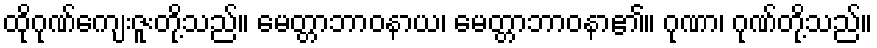
ထိုဂုဏ်ကျေးဇူးတို့သည်။ မေတ္တာဘာဝနာယ၊ မေတ္တာဘာဝနာ၏။ ဂုဏာ၊ ဂုဏ်တို့သည်။